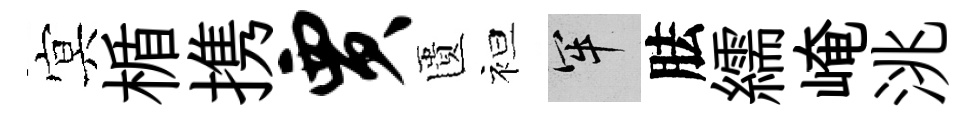
㝠楯携贾匱袒牢胠繻崦洮